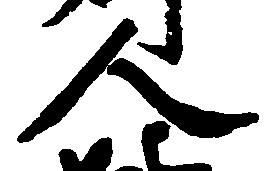
人